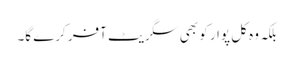
بلکہ وہ کل پوار کو بھی سگریٹ آفر کرے گا۔